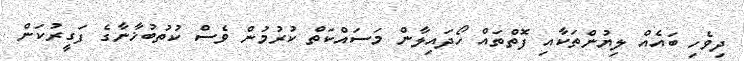
ދިވެހި ބައެއް ލިޔުންތަކާއި ފޮތްތައް ހޯދައިލާން މަސައްކަތް ކުރުމުން ވެސް ކުތުބުޚާނާގެ ފަގީރުކަން